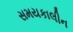
સમયકાલીન